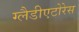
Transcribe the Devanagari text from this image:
ग्लैडीएटोरेस